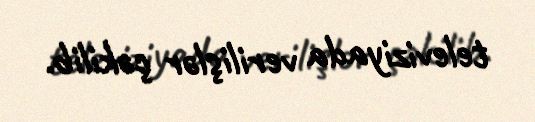
televiziyada verilişlər çəkilib.